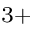
^ { 3 + }